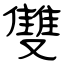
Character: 雙